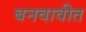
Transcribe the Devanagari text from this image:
बनवावीत